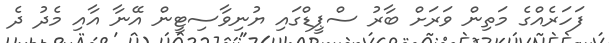
ފަހަރެއްގެ މަތިން ވަރަށް ބާރު ސްޕީޑްގައި ޔުނިވާސިޓީން އޭނާ އާއި މެދު ދެ